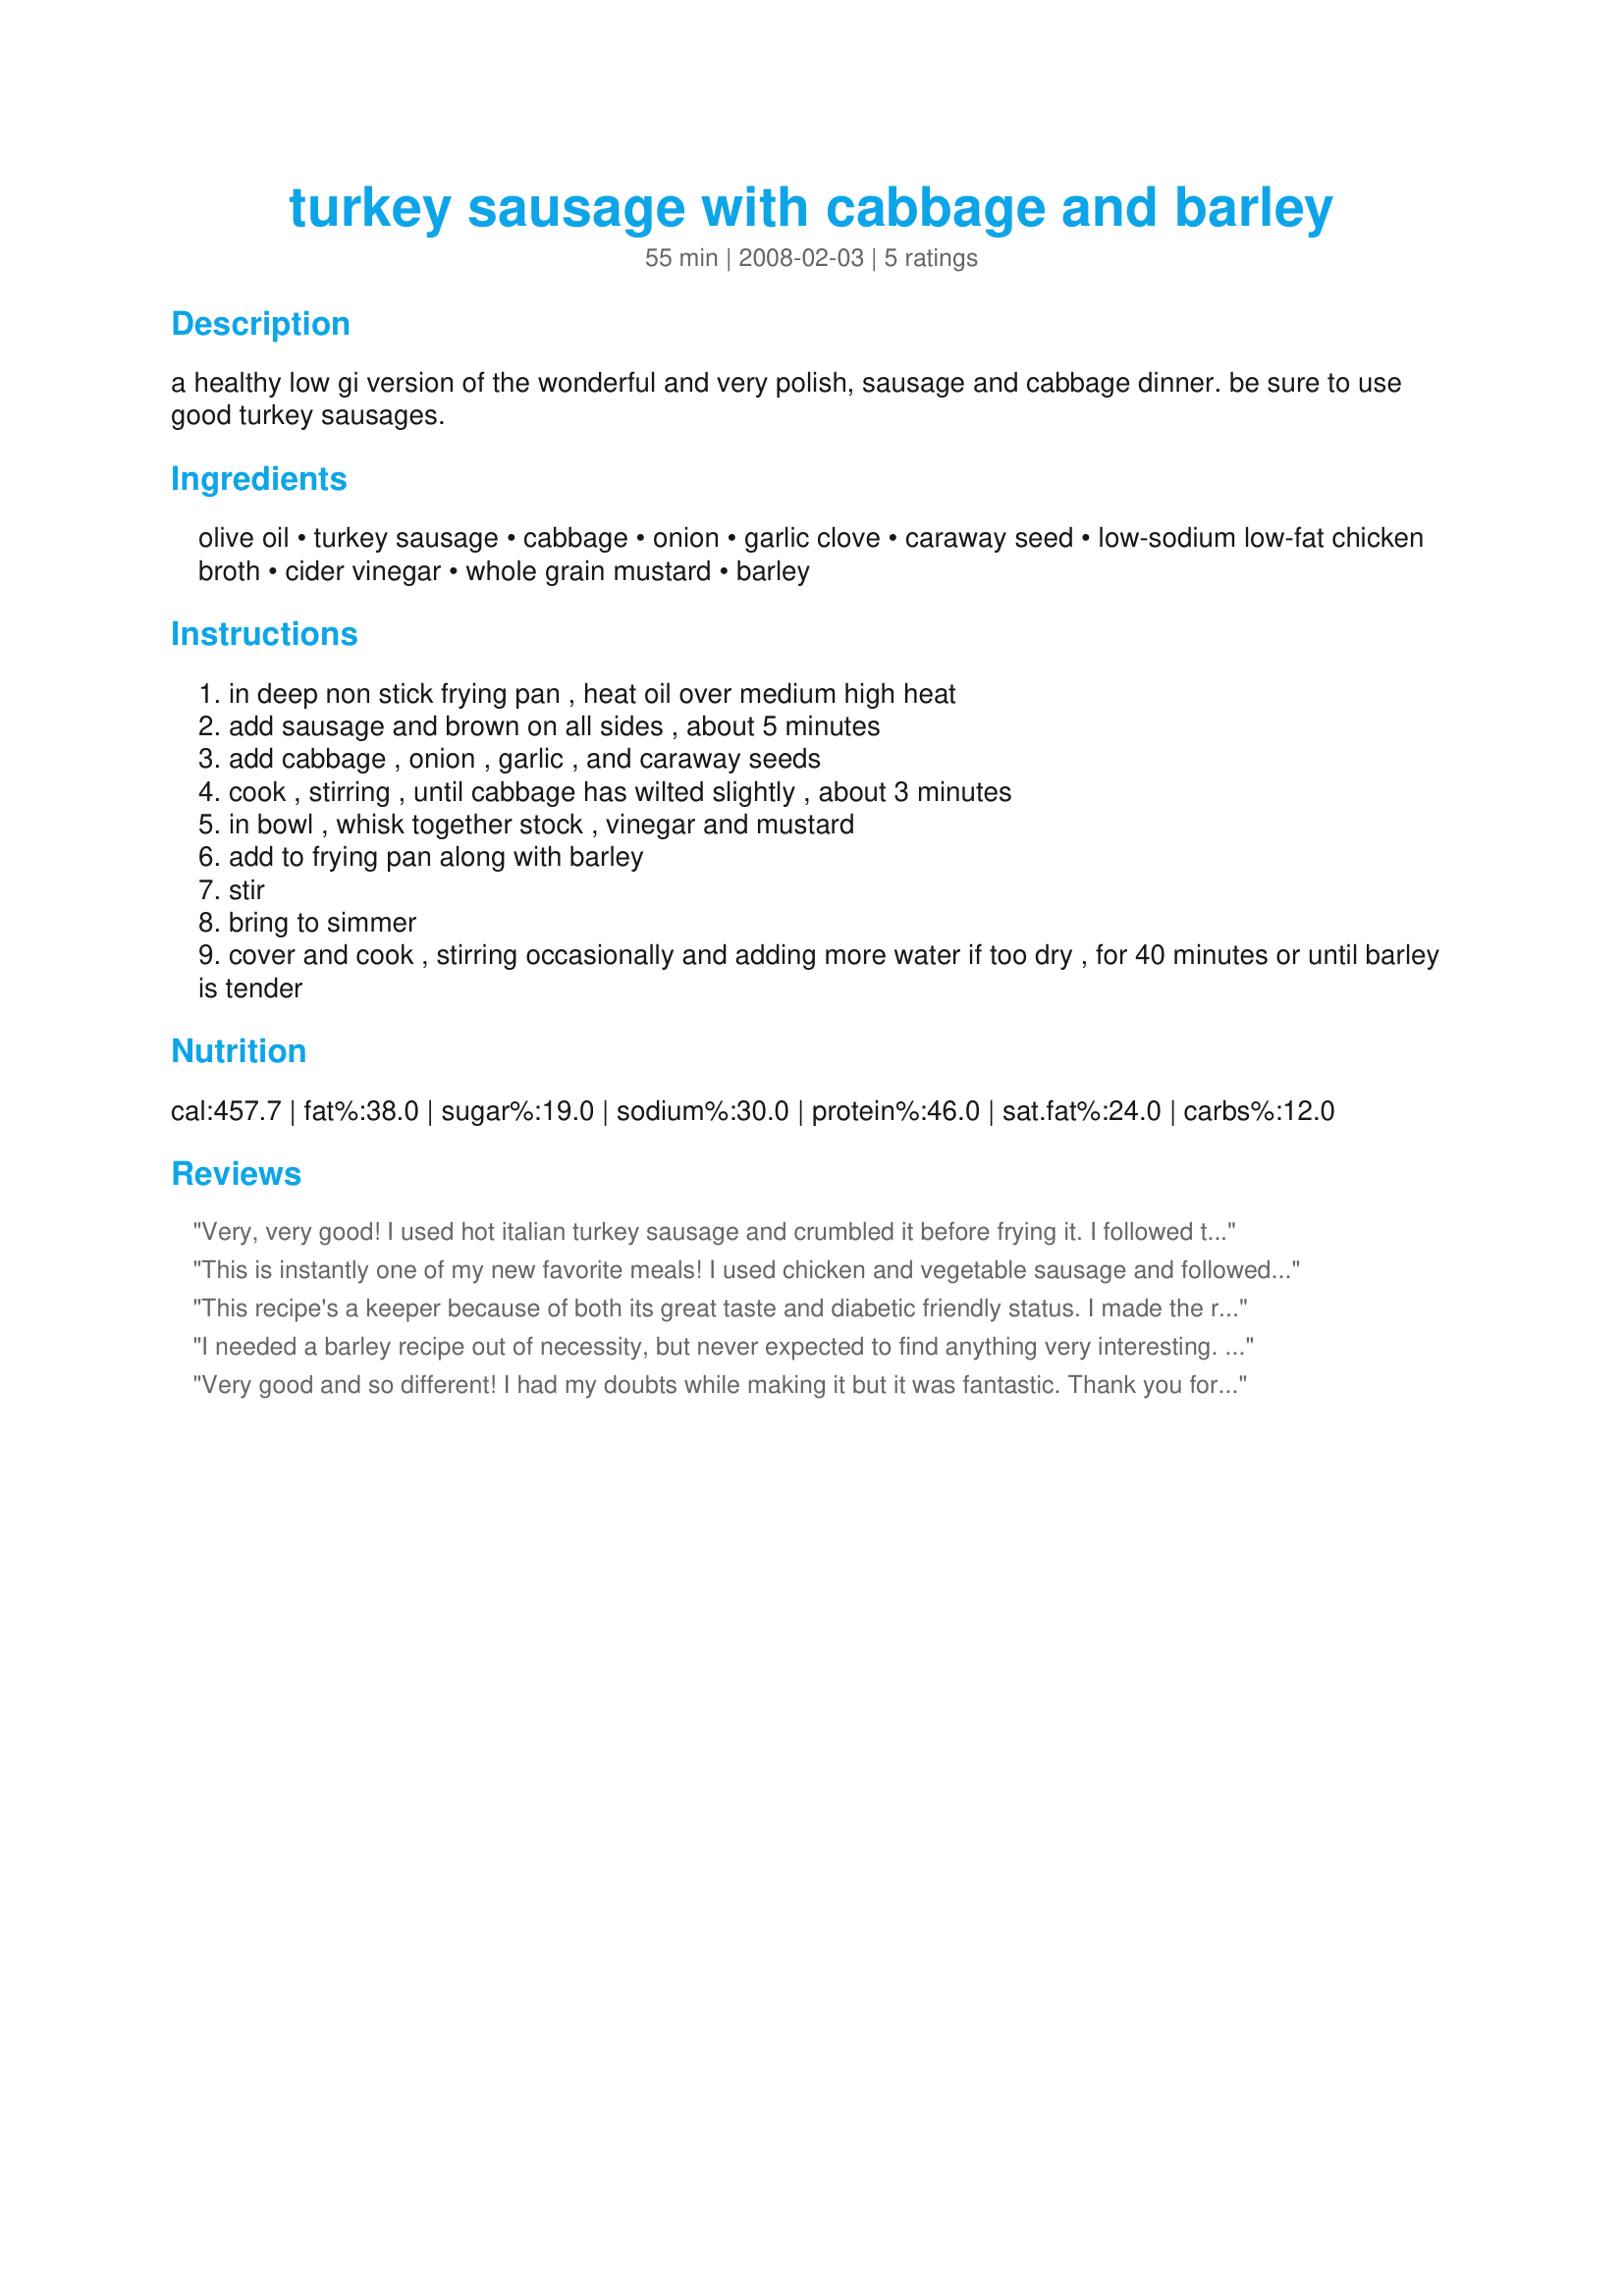
turkey sausage with cabbage and barley
Preparation time: 55 minutes

a healthy low gi version of the wonderful and very polish, sausage and cabbage dinner.
be sure to use good turkey sausages.

Ingredients:
olive oil, turkey sausage, cabbage, onion, garlic clove, caraway seed, low-sodium low-fat chicken broth, cider vinegar, whole grain mustard, barley

Steps:
in deep non stick frying pan , heat oil over medium high heat
add sausage and brown on all sides , about 5 minutes
add cabbage , onion , garlic , and caraway seeds
cook , stirring , until cabbage has wilted slightly , about 3 minutes
in bowl , whisk together stock , vinegar and mustard
add to frying pan along with barley
stir
bring to simmer
cover and cook , stirring occasionally and adding more water if too dry , for 40 minutes or until barley is tender

Reviews:
Very, very good! I used hot italian turkey sausage and crumbled it before frying it. I followed the recipe exactly and it was delicious. Thanks!
This is instantly one of my new favorite meals! I used chicken and vegetable sausage and followed the recipe exactly. It was perfect on a cold, rainy day. Definitely a keeper - thanks!
This recipe's a keeper because of both its great taste and diabetic friendly status. I made the recipe as directed with turkey sausage but used stone ground brown mustard as I did not have whole grain mustard on hand. It is important to brown the turkey sausage.
I needed a barley recipe out of necessity, but never expected to find anything very interesting. How good can barley be? Well this is GOOD! I can't get enough of it. I think it's the cider vinegar and mustard that really gives it a kick. Incidentally. the first time I made this I had some bratwursts that needed using up, so I mutilated them for this recipe and it turned out very nice. So it's good and versatile. But I do like it best with the turkey sausage. I can't wait to make this again (and again and again) and I think everyone should try it. Thanks!
Very good and so different! I had my doubts while making it but it was fantastic. Thank you for sharing!
